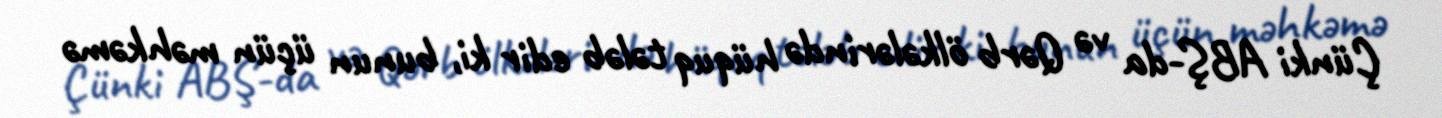
Çünki ABŞ-da və Qərb ölkələrində hüquq tələb edir ki, bunun üçün məhkəmə